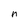
Character: n